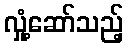
လှုံ့ဆော်သည့်